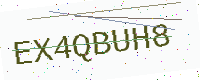
Text: EX4QBUH8